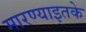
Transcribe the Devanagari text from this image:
मारण्याइतके